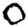
Digit: 0